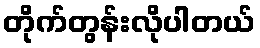
တိုက်တွန်းလိုပါတယ်